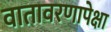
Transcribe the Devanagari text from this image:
वातावरणापेक्षा